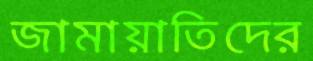
জামায়াতিদের